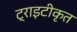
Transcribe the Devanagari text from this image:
ट्राइटीकृत